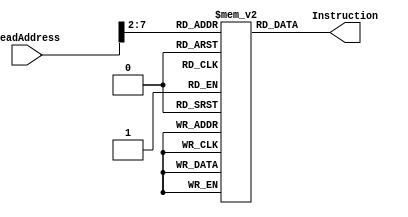
module InstructionMem(ReadAddress, Instruction);
    input [31:0] ReadAddress;
    output wire [31:0] Instruction;
    parameter maxnumber = 50;
    reg [31:0] memory [0:maxnumber - 1];
    integer i;
    initial begin
      for (i = 0; i < maxnumber; i = i + 1) begin
        memory[i] = 32'b0;
      end
            memory[1] = 32'b00100000000010000000000000100000; //addi $t0, $zero, 0x20
            memory[2] = 32'b00100000000010010000000000110111; //addi $t1, $zero, 0x37
            memory[3] = 32'b00000001000010011000000000100100; //and $s0, $t0, $t1
            memory[4] = 32'b00000001000010011000000000100101; //or $s0, $t0, $t1
            memory[5] = 32'b10101100000100000000000000000100; //sw $s0, 4($zero)
            memory[6] = 32'b10101100000010000000000000001000; //sw $t0, 8($zero)
            memory[7] = 32'b00000001000010011000100000100000; //add $s1, $t0, $t1
            memory[8] = 32'b00000001000010011001000000100010; //sub $s2, $t0, $t1
            memory[9] = 32'b00100000000010000000000000100000; //addi $t0, $zero, 0x20
            memory[10] = 32'b00100000000010000000000000100000; //addi $t0, $zero, 0x20
            memory[11] = 32'b00100000000010000000000000100000; //addi $t0, $zero, 0x20
            memory[12] = 32'b00010010001100100000000000010010; //beq $s1, $s2, error0
            memory[13] = 32'b10001100000100010000000000000100; //lw $s1, 4($zero)
            memory[14]= 32'b00110010001100100000000001001000; //andi $s2, $s1, 0x48
            memory[15] = 32'b00100000000010000000000000100000; //addi $t0, $zero, 0x20
            memory[16] = 32'b00100000000010000000000000100000; //addi $t0, $zero, 0x20
            memory[17] = 32'b00100000000010000000000000100000; //addi $t0, $zero, 0x20
            memory[18] =32'b00010010001100100000000000001111; //beq $s1, $s2, error1
            memory[19] =32'b10001100000100110000000000001000; //lw $s3, 8($zero)
            memory[20] = 32'b00100000000010000000000000100000; //addi $t0, $zero, 0x20
            memory[21] = 32'b00100000000010000000000000100000; //addi $t0, $zero, 0x20
            memory[22] = 32'b00100000000010000000000000100000; //addi $t0, $zero, 0x20
            memory[23] =32'b00010010000100110000000000001101; //beq $s0, $s3, error2
            memory[24] =32'b00000010010100011010000000101010; //slt $s4, $s2, $s1 (Last)
            memory[25] = 32'b00100000000010000000000000100000; //addi $t0, $zero, 0x20
            memory[26] = 32'b00100000000010000000000000100000; //addi $t0, $zero, 0x20
            memory[27] = 32'b00100000000010000000000000100000; //addi $t0, $zero, 0x20
            memory[28] =32'b00010010100000000000000000001111; //beq $s4, $0, EXIT
            memory[29] =32'b00000010001000001001000000100000; //add $s2, $s1, $0
            memory[30] =32'b00001000000000000000000000010111; //j Last
            memory[31] =32'b00100000000010000000000000000000; //addi $t0, $0, 0(error0)
            memory[32] =32'b00100000000010010000000000000000; //addi $t1, $0, 0
            memory[33] =32'b00001000000000000000000000111111; //j EXIT
            memory[34] =32'b00100000000010000000000000000001; //addi $t0, $0, 1(error1)
            memory[35] =32'b00100000000010010000000000000001; //addi $t1, $0, 1
            memory[36] =32'b00001000000000000000000000111111; //j EXIT
            memory[37] =32'b00100000000010000000000000000010; //addi $t0, $0, 2(error2)
            memory[38] =32'b00100000000010010000000000000010; //addi $t1, $0, 2
            memory[39] =32'b00001000000000000000000000111111; //j EXIT
            memory[40] =32'b00100000000010000000000000000011; //addi $t0, $0, 3(error3)
            memory[41] =32'b00100000000010010000000000000011; //addi $t1, $0, 3
            memory[42] =32'b00001000000000000000000000111111; //j EXIT
    end
    assign Instruction = memory[ReadAddress >> 2];
endmodule